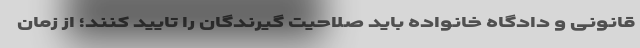
قانونی و دادگاه خانواده باید صلاحیت گیرندگان را تایید کنند؛ از زمان